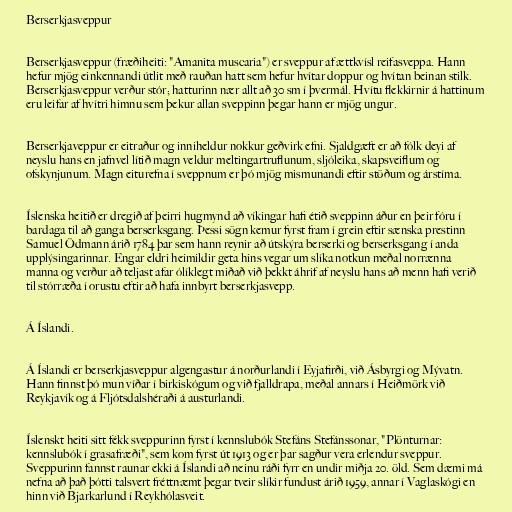
Berserkjasveppur

Berserkjasveppur (fræðiheiti: "Amanita muscaria") er sveppur af ættkvísl reifasveppa. Hann
hefur mjög einkennandi útlit með rauðan hatt sem hefur hvítar doppur og hvítan beinan stilk.
Berserkjasveppur verður stór; hatturinn nær allt að 30 sm í þvermál. Hvítu flekkirnir á hattinum
eru leifar af hvítri himnu sem þekur allan sveppinn þegar hann er mjög ungur.

Berserkjaveppur er eitraður og inniheldur nokkur geðvirk efni. Sjaldgæft er að fólk deyi af
neyslu hans en jafnvel lítið magn veldur meltingartruflunum, sljóleika, skapsveiflum og
ofskynjunum. Magn eiturefna í sveppnum er þó mjög mismunandi eftir stöðum og árstíma.

Íslenska heitið er dregið af þeirri hugmynd að víkingar hafi étið sveppinn áður en þeir fóru í
bardaga til að ganga berserksgang. Þessi sögn kemur fyrst fram í grein eftir sænska prestinn
Samuel Ödmann árið 1784 þar sem hann reynir að útskýra berserki og berserksgang í anda
upplýsingarinnar. Engar eldri heimildir geta hins vegar um slíka notkun meðal norrænna
manna og verður að teljast afar ólíklegt miðað við þekkt áhrif af neyslu hans að menn hafi verið
til stórræða í orustu eftir að hafa innbyrt berserkjasvepp.

Á Íslandi.

Á Íslandi er berserkjasveppur algengastur á norðurlandi í Eyjafirði, við Ásbyrgi og Mývatn.
Hann finnst þó mun víðar í birkiskógum og við fjalldrapa, meðal annars í Heiðmörk við
Reykjavík og á Fljótsdalshéraði á austurlandi.

Íslenskt heiti sitt fékk sveppurinn fyrst í kennslubók Stefáns Stefánssonar, "Plönturnar:
kennslubók í grasafræði", sem kom fyrst út 1913 og er þar sagður vera erlendur sveppur.
Sveppurinn fannst raunar ekki á Íslandi að neinu ráði fyrr en undir miðja 20. öld. Sem dæmi má
nefna að það þótti talsvert fréttnæmt þegar tveir slíkir fundust árið 1959, annar í Vaglaskógi en
hinn við Bjarkarlund í Reykhólasveit.